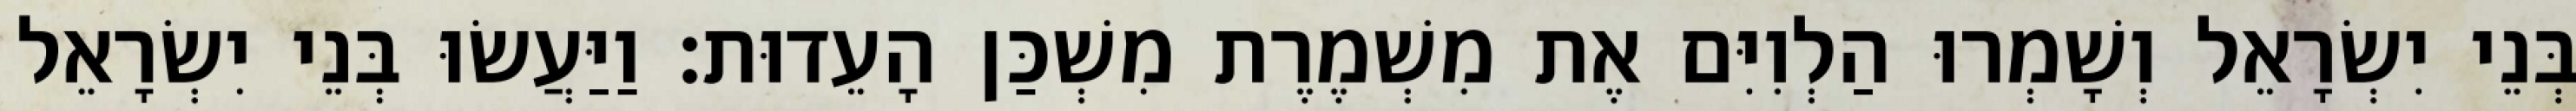
בְּנֵי יִשְׂרָאֵל וְשָׁמְרוּ הַלְוִיִּם אֶת מִשְׁמֶרֶת מִשְׁכַּן הָעֵדוּת׃ וַיַּעֲשׂוּ בְּנֵי יִשְׂרָאֵל